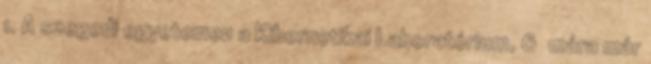
1. A szegedi egyetemen a Kibernetikai Laboratórium, 6 mára már